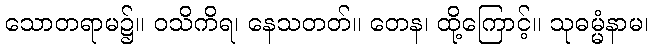
သောတရာမ၌။ ဝသိကိရ၊ နေသတတ်။ တေန၊ ထို့ကြောင့်။ သုဓမ္မံနာမ၊